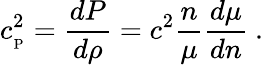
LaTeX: c_{_\mathrm{P}}^{2}={\frac{dP}{d\rho}}=c^{2}{\frac{n}{\mu}}{\frac{d\mu}{dn}}\ .